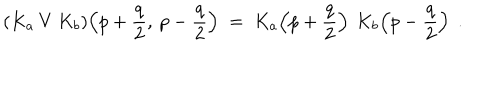
LaTeX: ( K _ { a } \: V \: K _ { b } ) \! \left( p + \frac { q } { 2 } , \: p - \frac { q } { 2 } \right) \; = \; K _ { a } \! \left( p + \frac { q } { 2 } \right) \: K _ { b } \! \left( p - \frac { q } { 2 } \right) \; .